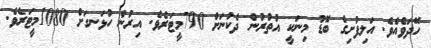
ހޭދަވެއެވެ. އަލިފުށިގެ ބޮޑު މިނަކީ އުތުރުން ދެކުނަށް 790މީޓަރެވެ. އިރުން ހުޅަނގަށް 1080މީޓަރެވެ.